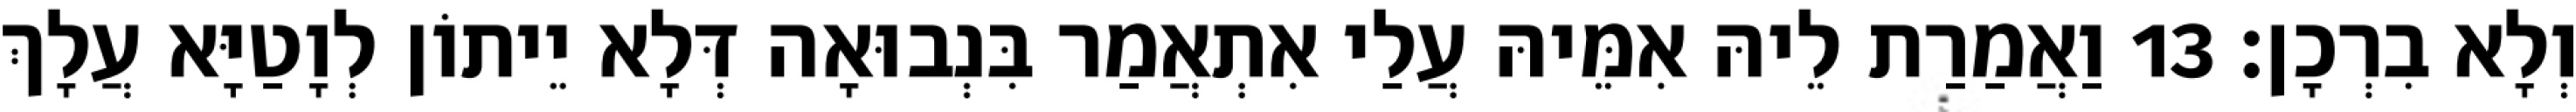
וְלָא בִרְכָן׃ 13 וַאֲמַרַת לֵיהּ אִמֵּיהּ עֲלַי אִתְאֲמַר בִּנְבוּאָה דְּלָא יֵיתוֹן לְוָטַיָּא עֲלָךְ